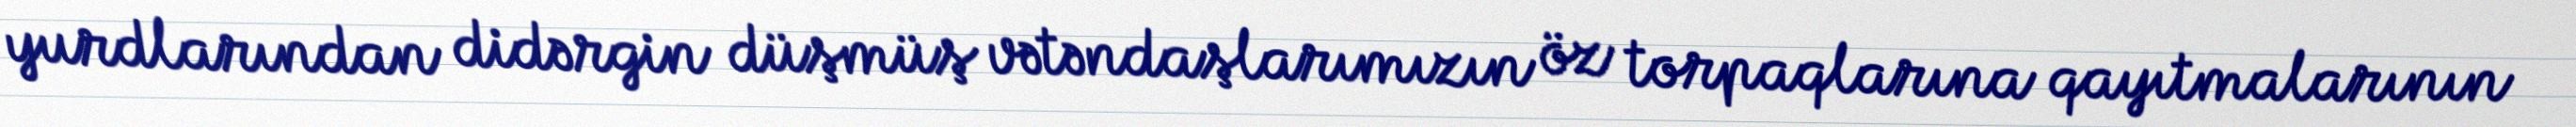
yurdlarından didərgin düşmüş vətəndaşlarımızın öz torpaqlarına qayıtmalarının